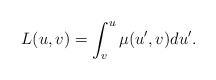
\begin{align*} L(u,v)=\int_v^u\mu(u',v)du'.\end{align*}